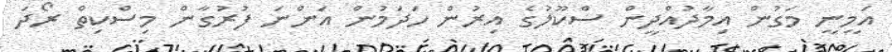
އަމީނީ މަގުން އިމާދުއްދީން ސްކޫލުގެ އިރުން ހަދަމުން އަންނަ ފުރުގާން މިސްކިތް ރޯދަ